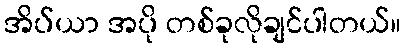
အိပ်ယာ အပို တစ်ခုလိုချင်ပါတယ်။